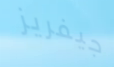
جيفريز